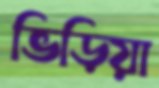
ভিড়িয়া